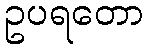
ဥပရတော